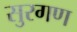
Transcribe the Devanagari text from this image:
सुरगण